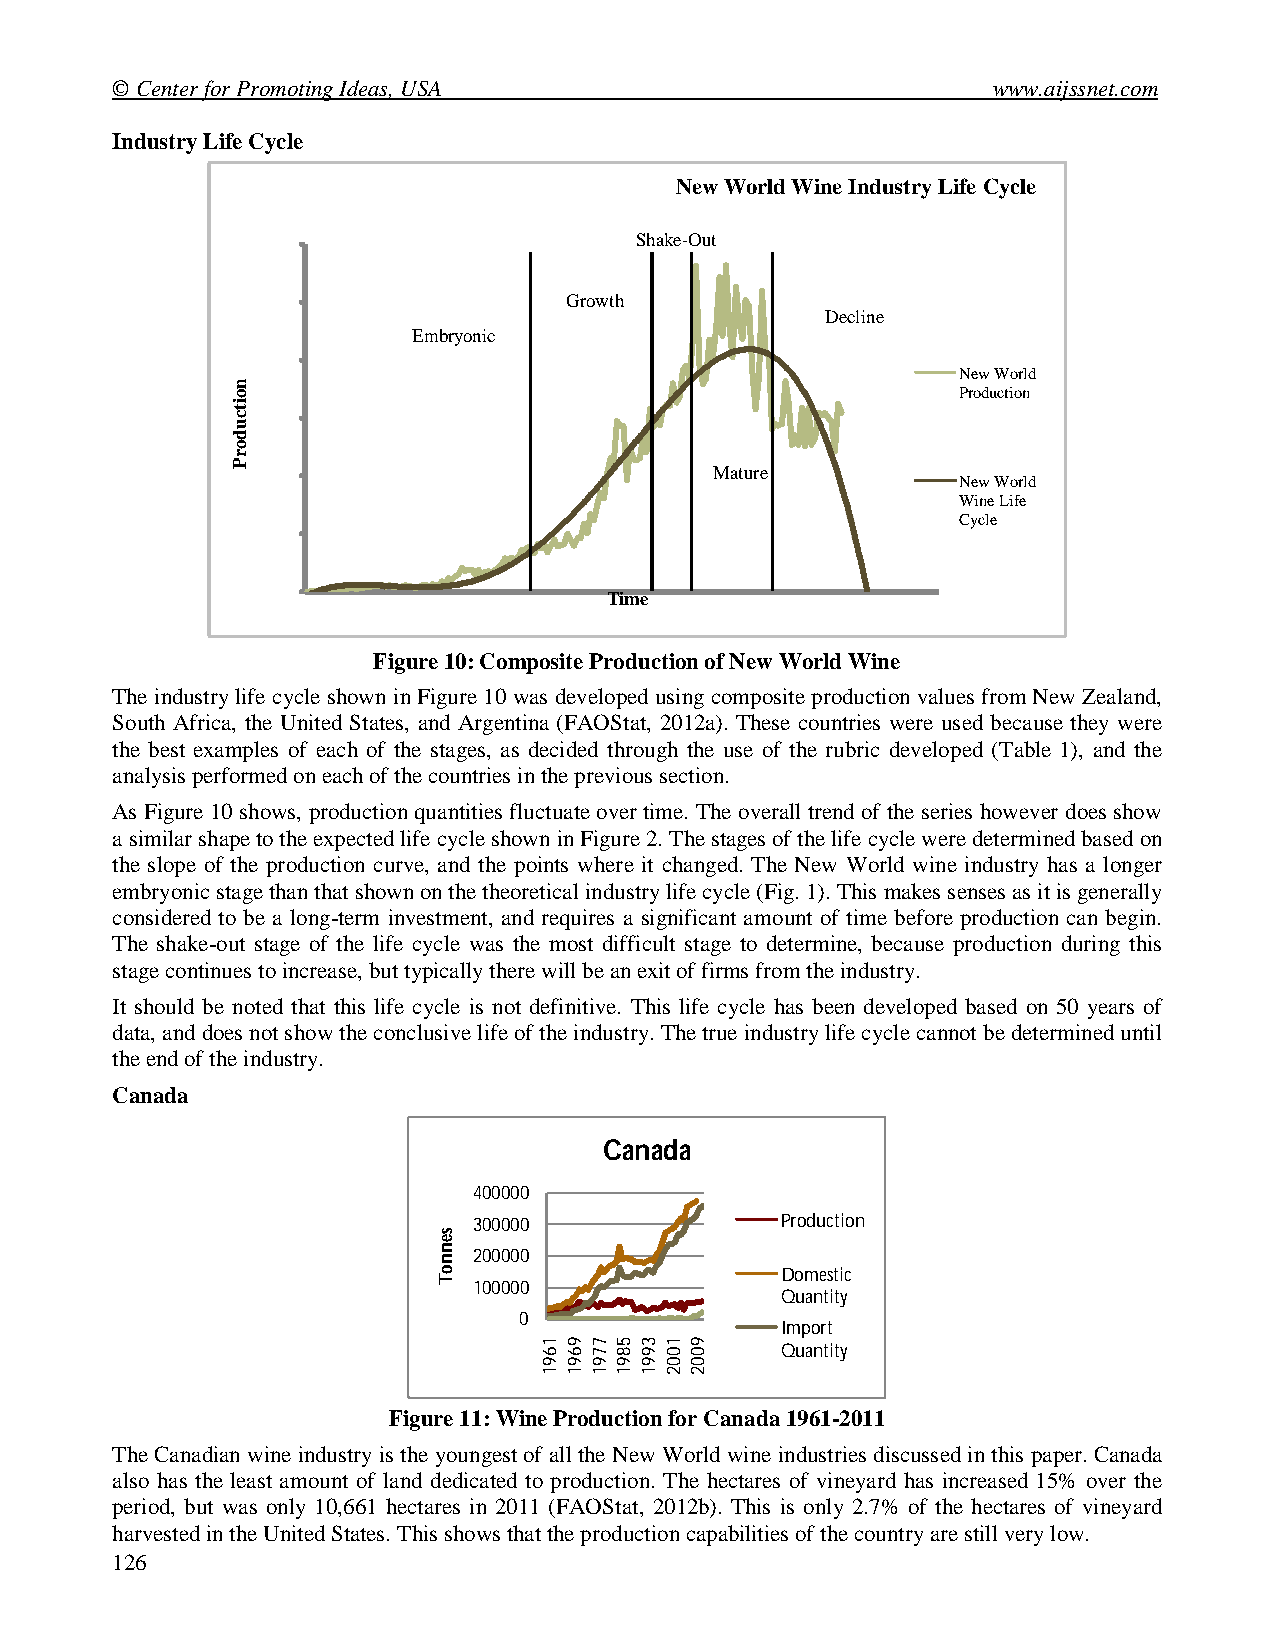
© Center for Promoting Ideas, USA                          www.aijssnet.com
 Industry Life Cycle
 New World Wine Industry Life Cycle
 3000000                    Shake-Out
 2500000                Growth
 Decline
 Embryonic
 2000000
 New World
 Production
 1500000
 1000000                         Mature
 New World
 Wine Life
 Cycle
 500000
 0
 Time
 Figure 10: Composite Production of New World Wine
 The industry life cycle shown in Figure 10 was developed using composite production values from New Zealand,
 South Africa, the United States, and Argentina (FAOStat, 2012a). These countries were used because they were
 the best examples of each of the stages, as decided through the use of the rubric developed (Table 1), and the
 analysis performed on each of the countries in the previous section.
 As Figure 10 shows, production quantities fluctuate over time. The overall trend of the series however does show
 a similar shape to the expected life cycle shown in Figure 2. The stages of the life cycle were determined based on
 the slope of the production curve, and the points where it changed. The New World wine industry has a longer
 embryonic stage than that shown on the theoretical industry life cycle (Fig. 1). This makes senses as it is generally
 considered to be a long-term investment, and requires a significant amount of time before production can begin.
 The shake-out stage of the life cycle was the most difficult stage to determine, because production during this
 stage continues to increase, but typically there will be an exit of firms from the industry.
 It should be noted that this life cycle is not definitive. This life cycle has been developed based on 50 years of
 data, and does not show the conclusive life of the industry. The true industry life cycle cannot be determined until
 the end of the industry.
 Canada
 Canada
 400000
 300000               Production
 200000
 Domestic
 100000
 Quantity
 0
 Import
 Quantity
 Figure 11: Wine Production for Canada 1961-2011
 The Canadian wine industry is the youngest of all the New World wine industries discussed in this paper. Canada
 also has the least amount of land dedicated to production. The hectares of vineyard has increased 15% over the
 period, but was only 10,661 hectares in 2011 (FAOStat, 2012b). This is only 2.7% of the hectares of vineyard
 harvested in the United States. This shows that the production capabilities of the country are still very low.
 126
 noitcudorP
 sennoT
 1691 9691 7791 5891 3991 1002 9002